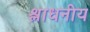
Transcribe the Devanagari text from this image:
श्लाधनीय